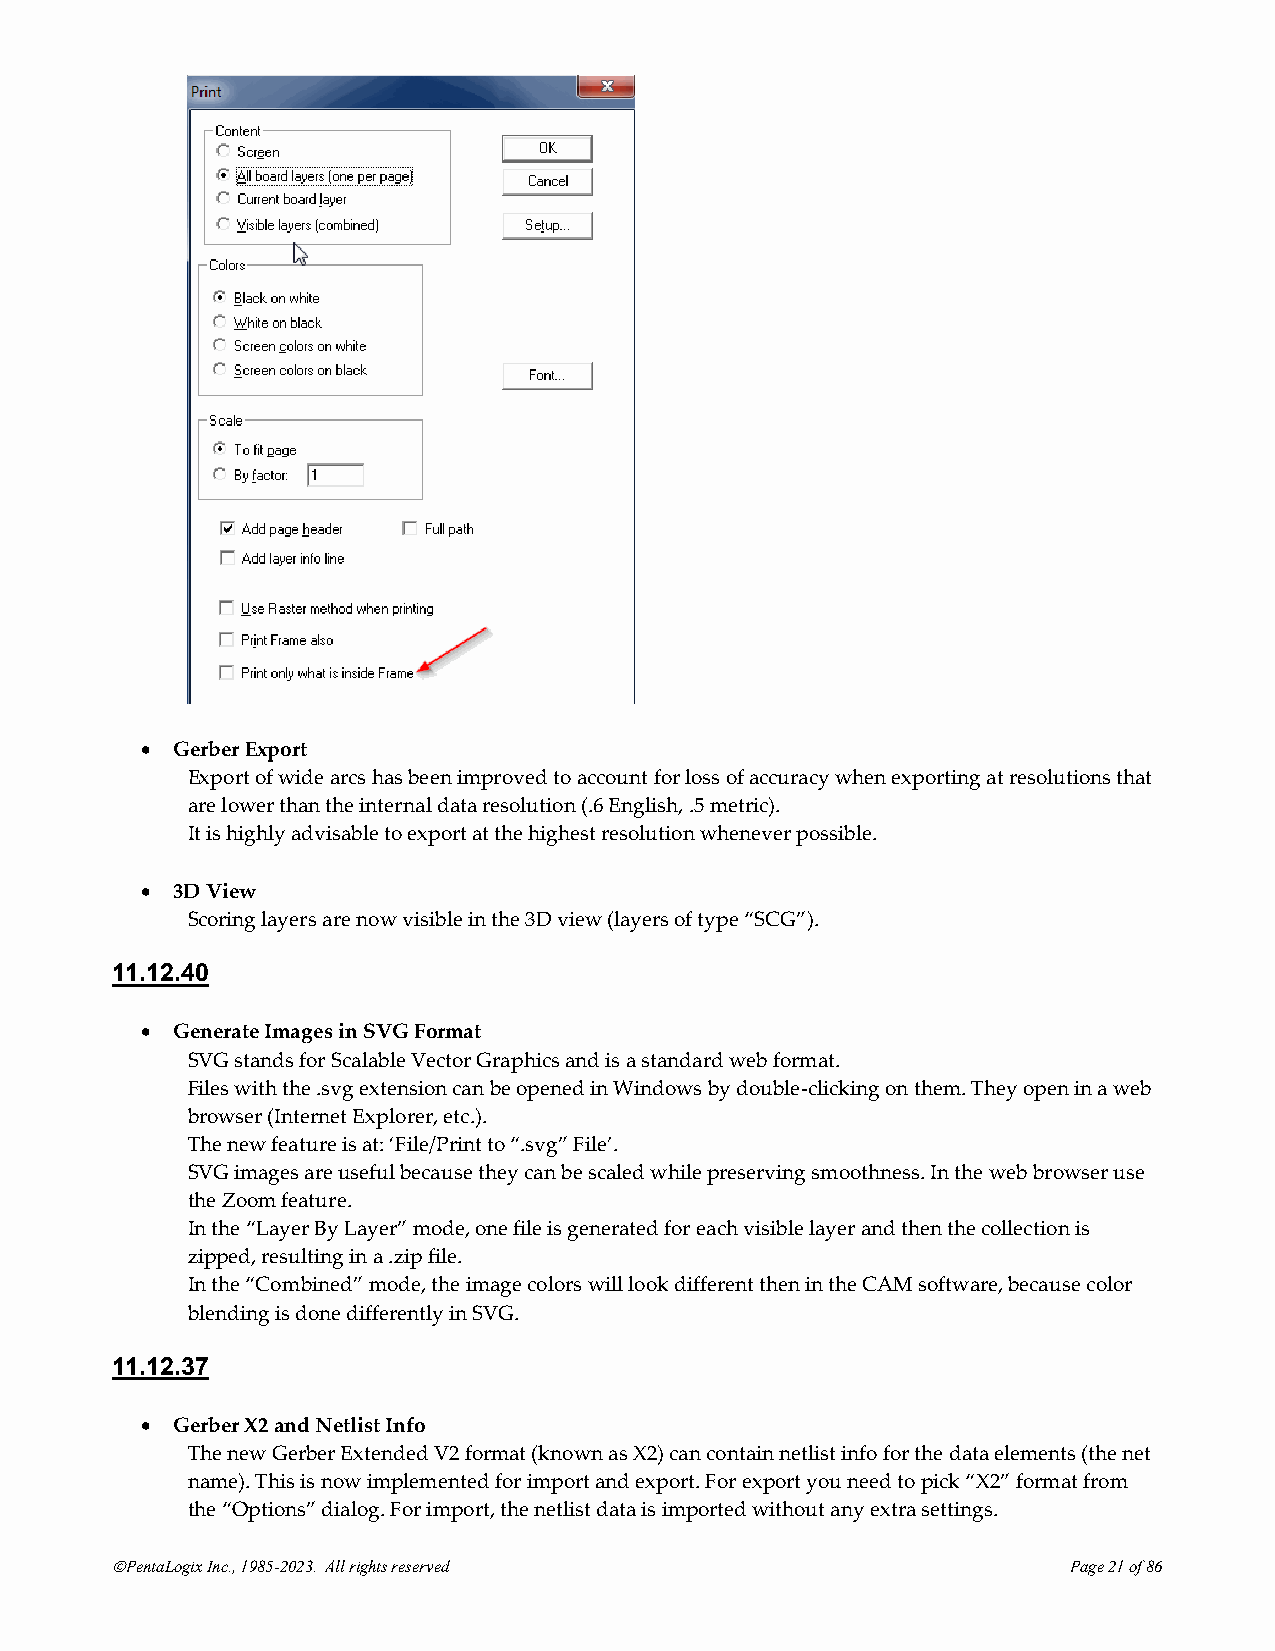
• Gerber Export
 Export of wide arcs has been improved to account for loss of accuracy when exporting at resolutions that
 are lower than the internal data resolution (.6 English, .5 metric).
 It is highly advisable to export at the highest resolution whenever possible.
 • 3D View
 Scoring layers are now visible in the 3D view (layers of type “SCG”).
 11.12.40
 • Generate Images in SVG Format
 SVG stands for Scalable Vector Graphics and is a standard web format.
 Files with the .svg extension can be opened in Windows by double-clicking on them. They open in a web
 browser (Internet Explorer, etc.).
 The new feature is at: ‘File/Print to “.svg” File’.
 SVG images are useful because they can be scaled while preserving smoothness. In the web browser use
 the Zoom feature.
 In the “Layer By Layer” mode, one file is generated for each visible layer and then the collection is
 zipped, resulting in a .zip file.
 In the “Combined” mode, the image colors will look different then in the CAM software, because color
 blending is done differently in SVG.
 11.12.37
 • Gerber X2 and Netlist Info
 The new Gerber Extended V2 format (known as X2) can contain netlist info for the data elements (the net
 name). This is now implemented for import and export. For export you need to pick “X2” format from
 the “Options” dialog. For import, the netlist data is imported without any extra settings.
 ©PentaLogix Inc., 1985-2023. All rights reserved                Page 21 of 86